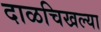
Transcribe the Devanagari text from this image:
दाळचिखल्या